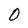
Character: O